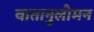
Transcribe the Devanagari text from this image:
वातानुलोमन